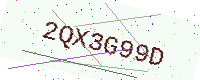
Text: 2QX3G99D